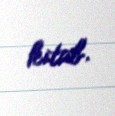
kitab.